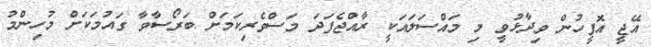
އޭޖީ އޮފީހުން ވިދާޅުވީ މި މައްސަލައަކީ ރާއްޖެފަދަ މަސްވެރިކަމަށް ބަރޯސާވާ ގައުމަކަށް މުހިންމު